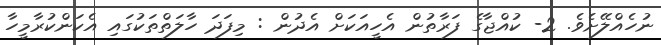
ނުހެއްލޭށެވެ. 2- ކުއްޖާގެ ފަރާތުން އެހީއަކަށް އެދުން : މިފަދަ ހާލަތްތަކުގައި އެކަންކުރާމީހާ